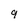
Character: 9